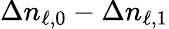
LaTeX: \Delta n_{\ell,0}-\Delta n_{\ell,1}